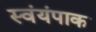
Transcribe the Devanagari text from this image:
स्वंयंपाक